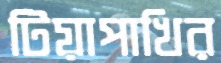
টিয়াপাখির